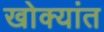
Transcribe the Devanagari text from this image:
खोक्यांत